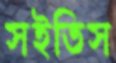
সইতিস